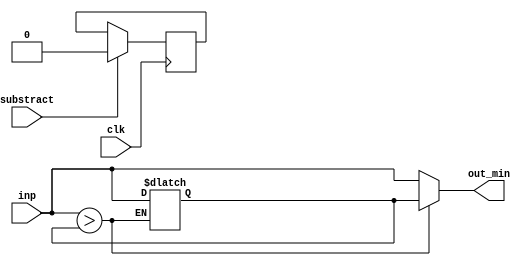
module comparator
    #(parameter 
        DW = 8
    )
    (
        input wire [DW - 1: 0] inp,
        input wire substract,
	input wire clk,
        output reg [DW - 1: 0] out_min
    );
	//wire [DW - 1: 0] out_min_in;
       // wire [DW - 1: 0] out_max_in;


	reg [DW - 1: 0] max;
    	initial max=0;

    	always@(inp,max) begin
  	  if (inp > max) begin
		out_min <= max;
		max <= inp;
    	end 
	else begin
		out_min <= inp;
    	
    	end   
	end

      always @ (posedge clk) begin
	if (substract == 1'b1)begin // these lines do not play any effect
		max[DW-1] <= 0;	
	end
      end


	//assign out_min = out_min_in;
	//assign out_max = out_max_in;


endmodule